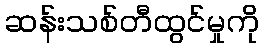
ဆန်းသစ်တီထွင်မှုကို